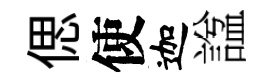
偲使迦諡